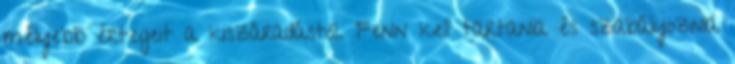
mélyebb értegeit a kiszáradástól. Fenn kell tartania és szabályoznia